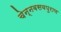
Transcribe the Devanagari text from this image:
चेन्नबसवपुराण